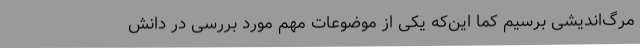
مرگ‌اندیشی برسیم کما این‌که یکی از موضوعات مهم مورد بررسی در دانش